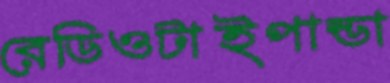
রেডিওটাইপান্ডা